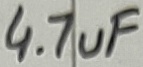
Text: 4.7uF